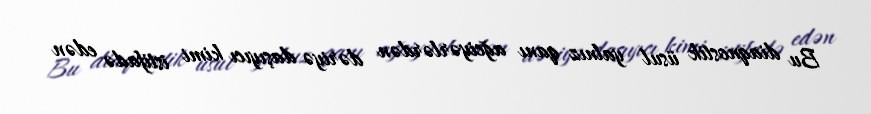
Bu diaqnostik üsul yalnız qanı ağciyərlərdən dəriyə daşıyıcı kimi istifadə edən